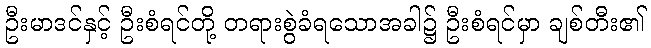
ဦးမာဒင်နှင့် ဦးစံရင်တို့ တရားစွဲခံရသောအခါ၌ ဦးစံရင်မှာ ချစ်တီး၏